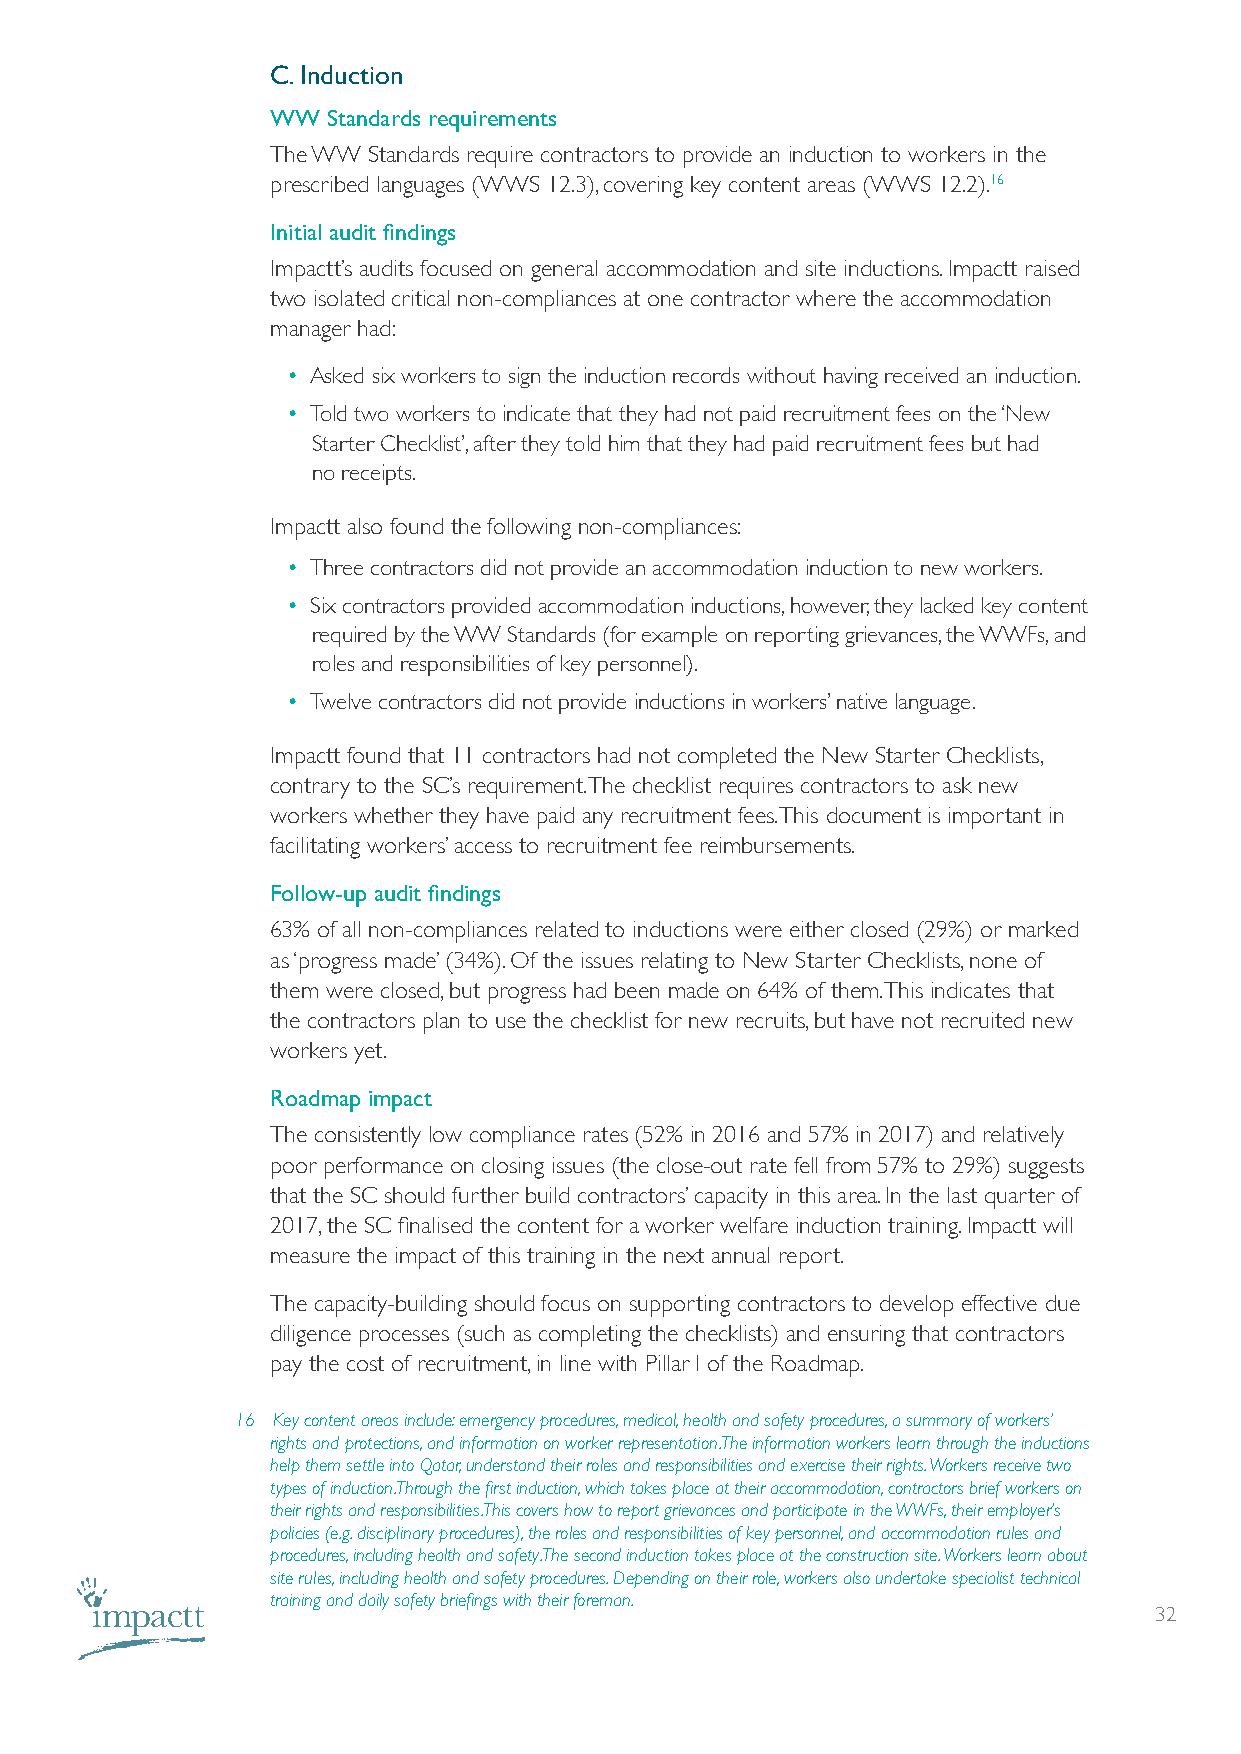
C. Induction
 WW  Standards requirements
 The WW Standards require contractors to provide an induction to workers in the
 prescribed languages (WWS 12.3), covering key content areas (WWS 12.2).16
 Initial audit findings
 Impactt’s audits focused on general accommodation and site inductions. Impactt raised
 two isolated critical non-compliances at one contractor where the accommodation
 manager had:
 • Asked six workers to sign the induction records without having received an induction.
 • Told two workers to indicate that they had not paid recruitment fees on the ‘New
 Starter Checklist’, after they told him that they had paid recruitment fees but had
 no receipts.
 Impactt also found the following non-compliances:
 • Three contractors did not provide an accommodation induction to new workers.
 • Six contractors provided accommodation inductions, however, they lacked key content
 required by the WW Standards (for example on reporting grievances, the WWFs, and
 roles and responsibilities of key personnel).
 • Twelve contractors did not provide inductions in workers’ native language.
 Impactt found that 11 contractors had not completed the New Starter Checklists,
 contrary to the SC’s requirement. The checklist requires contractors to ask new
 workers whether they have paid any recruitment fees. This document is important in
 facilitating workers’ access to recruitment fee reimbursements.
 Follow-up audit findings
 63% of all non-compliances related to inductions were either closed (29%) or marked
 as ‘progress made’ (34%). Of the issues relating to New Starter Checklists, none of
 them were closed, but progress had been made on 64% of them. This indicates that
 the contractors plan to use the checklist for new recruits, but have not recruited new
 workers yet.
 Roadmap impact
 The consistently low compliance rates (52% in 2016 and 57% in 2017) and relatively
 poor performance on closing issues (the close-out rate fell from 57% to 29%) suggests
 that the SC should further build contractors’ capacity in this area. In the last quarter of
 2017, the SC finalised the content for a worker welfare induction training. Impactt will
 measure the impact of this training in the next annual report.
 The capacity-building should focus on supporting contractors to develop effective due
 diligence processes (such as completing the checklists) and ensuring that contractors
 pay the cost of recruitment, in line with Pillar I of the Roadmap.
 16 Key content areas include: emergency procedures, medical, health and safety procedures, a summary of workers’
 rights and protections, and information on worker representation. The information workers learn through the inductions
 help them settle into Qatar, understand their roles and responsibilities and exercise their rights. Workers receive two
 types of induction. Through the first induction, which takes place at their accommodation, contractors brief workers on
 their rights and responsibilities. This covers how to report grievances and participate in the WWFs, their employer’s
 policies (e.g. disciplinary procedures), the roles and responsibilities of key personnel, and accommodation rules and
 procedures, including health and safety. The second induction takes place at the construction site. Workers learn about
 site rules, including health and safety procedures. Depending on their role, workers also undertake specialist technical
 training and daily safety briefings with their foreman.
 32